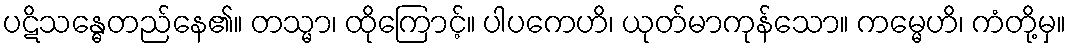
ပဋိသန္ဓေတည်နေ၏။ တသ္မာ၊ ထိုကြောင့်။ ပါပကေဟိ၊ ယုတ်မာကုန်သော။ ကမ္မေဟိ၊ ကံတို့မှ။